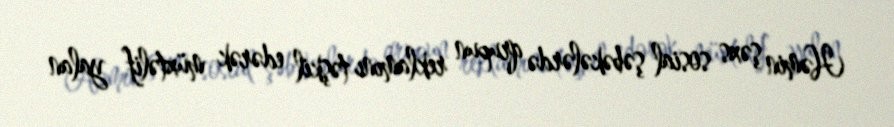
Həmin şəxs sosial şəbəkələrdə qrupun reklamını təşkil edərək müxtəlif yalan